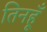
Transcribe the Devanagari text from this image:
तिनहूँ